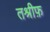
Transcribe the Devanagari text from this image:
तश्रीफ़